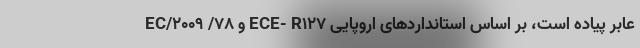
عابر پیاده است، بر اساس استانداردهای اروپایی ECE- R127 و 78/ 2009/EC